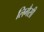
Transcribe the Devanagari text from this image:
लिगैसी